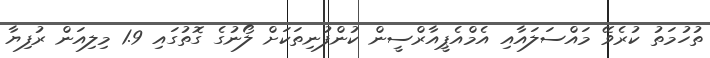
ތުހުމަތު ކުރެވޭ މައްސަލައާއި އެމްއެޕީއާރްސީން ކުންފުނިތަކަށް ލޯނުގެ ގޮތުގައި 1.9 މިލިއަން ރުފިޔާ